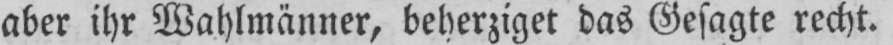
aber ihr Wahlmänner, beherziget das Gesagte recht.